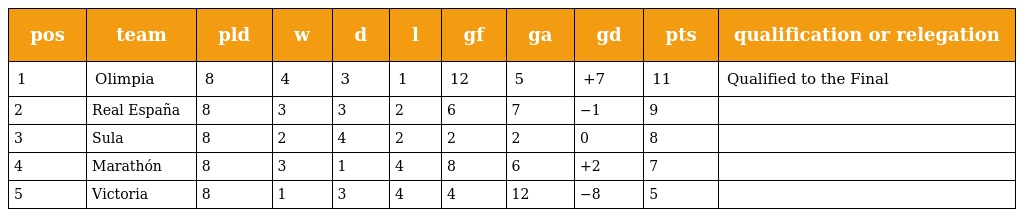
| pos | team | pld | w | d | l | gf | ga | gd | pts | qualification or relegation |
 | --- | --- | --- | --- | --- | --- | --- | --- | --- | --- | --- |
 | 1 | Olimpia | 8 | 4 | 3 | 1 | 12 | 5 | +7 | 11 | Qualified to the Final |
 | 2 | Real España | 8 | 3 | 3 | 2 | 6 | 7 | −1 | 9 |  |
 | 3 | Sula | 8 | 2 | 4 | 2 | 2 | 2 | 0 | 8 |  |
 | 4 | Marathón | 8 | 3 | 1 | 4 | 8 | 6 | +2 | 7 |  |
 | 5 | Victoria | 8 | 1 | 3 | 4 | 4 | 12 | −8 | 5 |  |